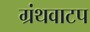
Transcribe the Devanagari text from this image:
ग्रंथवाटप